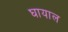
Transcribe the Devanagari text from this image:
घायाल